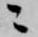
ニ